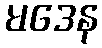
မဒေန